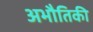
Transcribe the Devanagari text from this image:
अभौतिकी